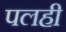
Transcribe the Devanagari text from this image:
पलही